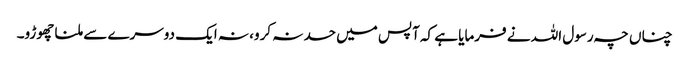
چناں چہ رسول اللہ نے فرمایا ہے کہ آپس میں حسد نہ کرو، نہ ایک دوسرے سے ملنا چھوڑو۔